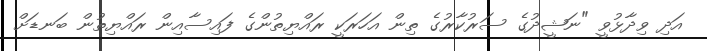
އަދި ވިދާޅުވީ "ނަޝީދުގެ ސަރުކާރުގެ ތިން އަހަރަކީ ރައްޔިތުންގެ ފައިސާއިން ރައްޔިތުން ބަނޑަށް